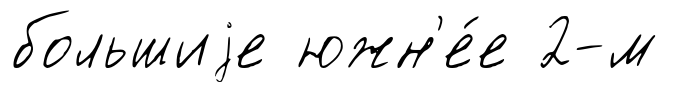
большиjе южн'е́е 2-м